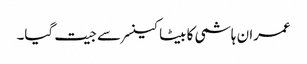
عمران ہاشمی کا بیٹا کینسر سے جیت گیا۔